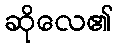
ဆိုလေ၏